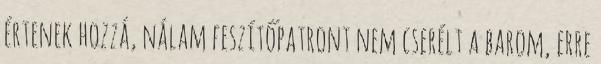
értenek hozzá, nálam feszítőpatront nem cserélt a barom, erre